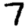
Digit: 7